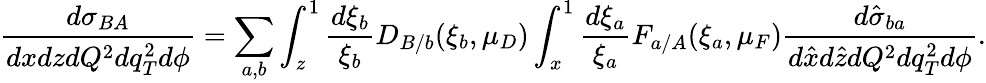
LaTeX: \frac{d\sigma_{BA}}{dxdzdQ^{2}dq_{T}^{2}d\phi}=\sum_{a,b}\int_{z}^{1}\frac{d\xi_{b}}{\xi_{b}}D_{B/b}(\xi_{b},\mu_{D})\int_{x}^{1}\frac{d\xi_{a}}{\xi_{a}}F_{a/A}(\xi_{a},\mu_{F})\frac{d\hat{\sigma}_{ba}}{d\hat{x}d\hat{z}dQ^{2}dq_{T}^{2}d\phi}.